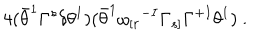
4 ( \bar { \theta } ^ { 1 } \Gamma ^ { s } \delta \theta ^ { 1 } ) ( \bar { \theta } ^ { 1 } \omega _ { [ r } { } ^ { - I } \Gamma _ { s ] } \Gamma ^ { + I } \theta ^ { 1 } ) ~ .